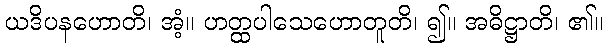
ယဒိပနဟောတိ၊ အံ့။ ဟတ္ထပါသေဟောတူတိ၊ ၍။ အဓိဋ္ဌာတိ၊ ၏။